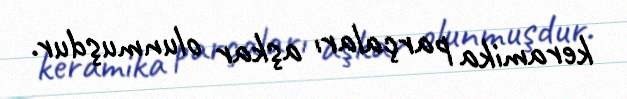
keramika parçaları aşkar olunmuşdur.